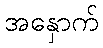
အနှောက်